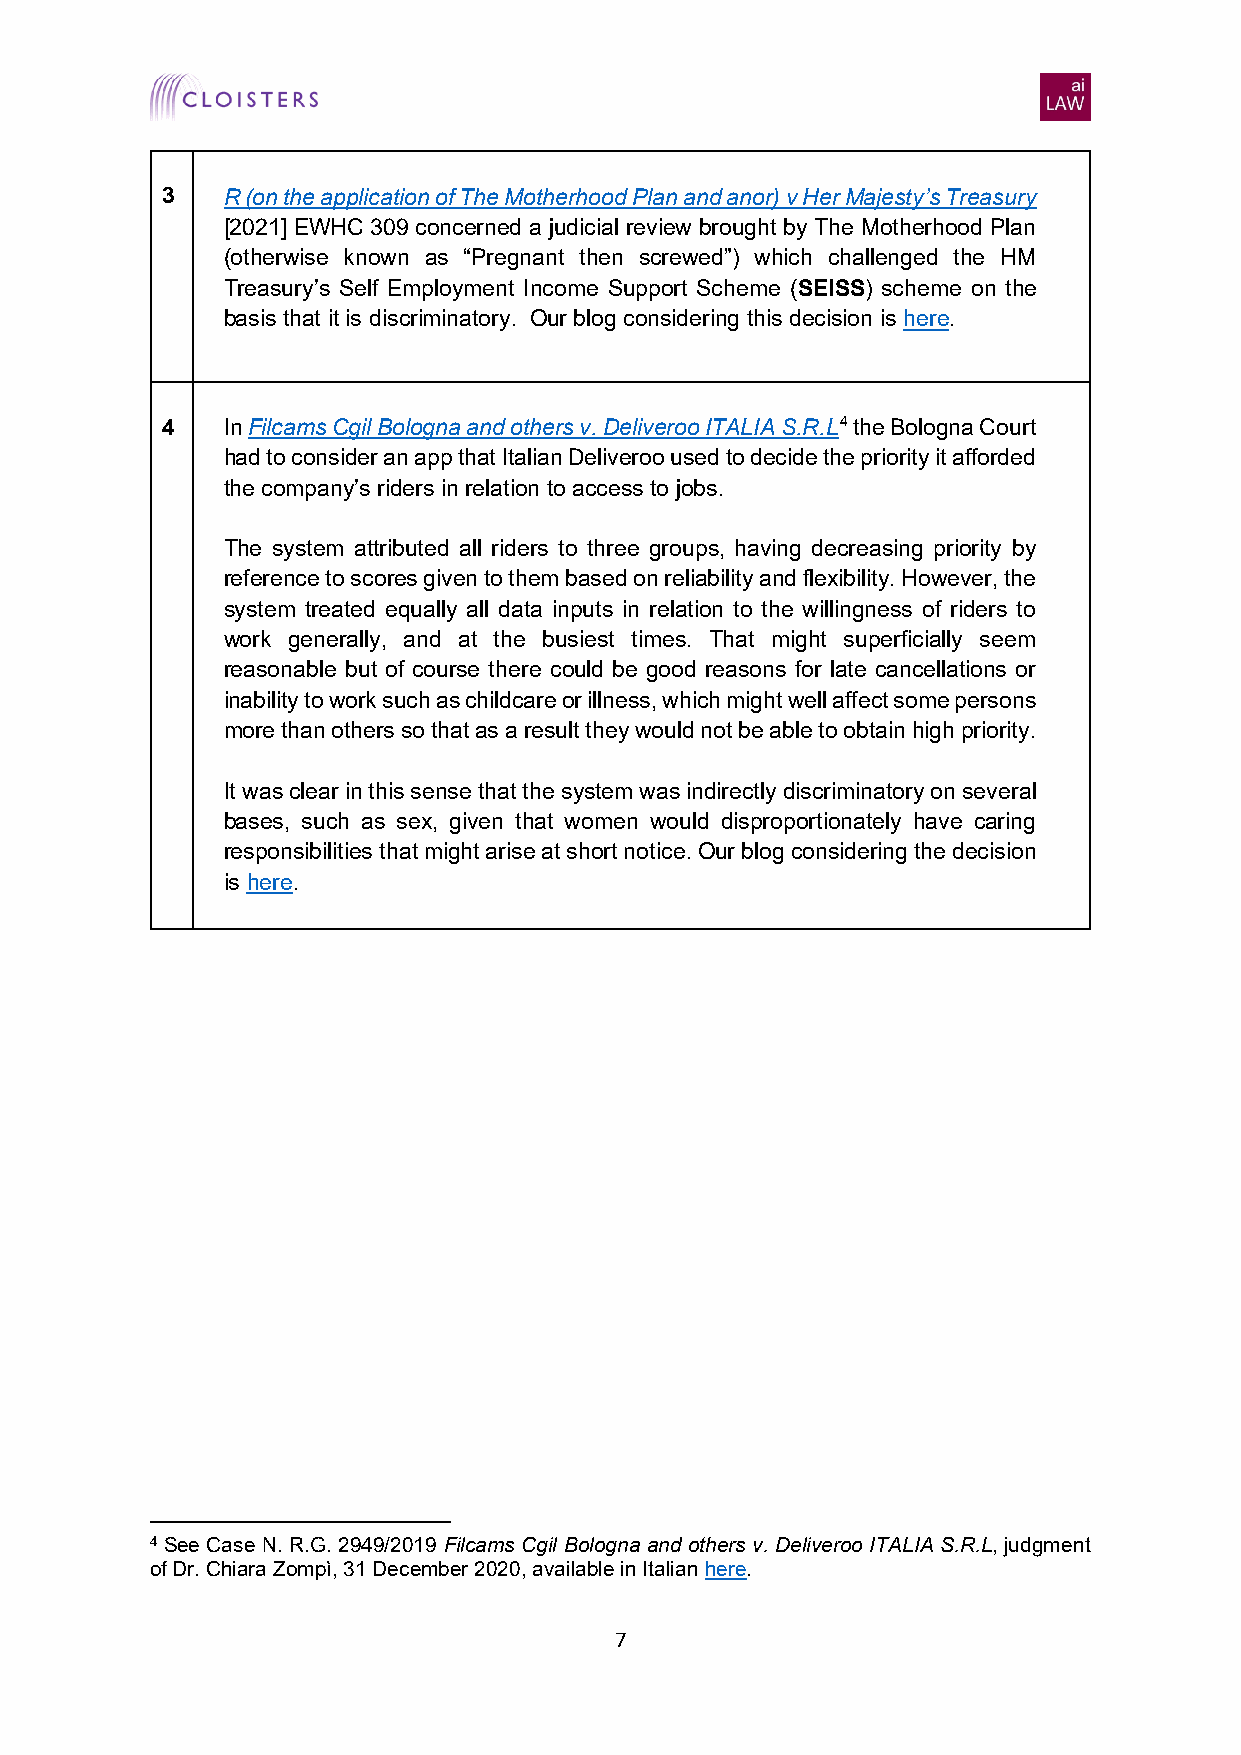
3   R (on the application of The Motherhood Plan and anor) v Her Majesty’s Treasury
 [2021] EWHC 309 concerned a judicial review brought by The Motherhood Plan
 (otherwise known as “Pregnant then screwed”) which challenged the HM
 Treasury’s Self Employment Income Support Scheme (SEISS) scheme on the
 basis that it is discriminatory. Our blog considering this decision is here.
 4   In Filcams Cgil Bologna and others v. Deliveroo ITALIA S.R.L4 the Bologna Court
 had to consider an app that Italian Deliveroo used to decide the priority it afforded
 the company’s riders in relation to access to jobs.
 The system attributed all riders to three groups, having decreasing priority by
 reference to scores given to them based on reliability and flexibility. However, the
 system treated equally all data inputs in relation to the willingness of riders to
 work generally, and at the busiest times. That might superficially seem
 reasonable but of course there could be good reasons for late cancellations or
 inability to work such as childcare or illness, which might well affect some persons
 more than others so that as a result they would not be able to obtain high priority.
 It was clear in this sense that the system was indirectly discriminatory on several
 bases, such as sex, given that women would disproportionately have caring
 responsibilities that might arise at short notice. Our blog considering the decision
 is here.
 4 See Case N. R.G. 2949/2019 Filcams Cgil Bologna and others v. Deliveroo ITALIA S.R.L, judgment
 of Dr. Chiara Zompì, 31 December 2020, available in Italian here.
 7